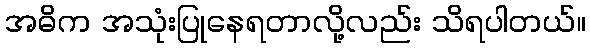
အဓိက အသုံးပြုနေရတာလို့လည်း သိရပါတယ်။